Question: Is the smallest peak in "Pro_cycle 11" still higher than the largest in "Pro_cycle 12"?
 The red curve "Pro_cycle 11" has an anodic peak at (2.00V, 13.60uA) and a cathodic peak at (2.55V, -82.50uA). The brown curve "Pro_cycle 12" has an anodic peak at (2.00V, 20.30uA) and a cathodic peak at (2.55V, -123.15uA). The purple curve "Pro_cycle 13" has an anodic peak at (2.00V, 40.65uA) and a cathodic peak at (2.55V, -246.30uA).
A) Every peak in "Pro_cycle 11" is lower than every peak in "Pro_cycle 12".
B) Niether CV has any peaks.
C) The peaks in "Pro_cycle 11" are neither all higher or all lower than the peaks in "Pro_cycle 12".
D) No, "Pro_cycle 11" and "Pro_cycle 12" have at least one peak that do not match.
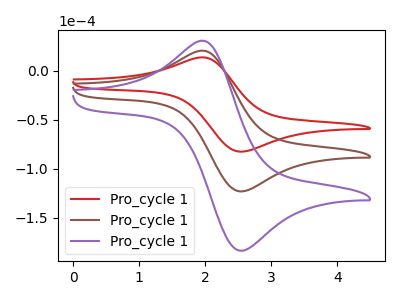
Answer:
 <answer>A) Every peak in "Pro_cycle 11" is lower than every peak in "Pro_cycle 12".</answer>
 <eval>A</eval>